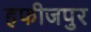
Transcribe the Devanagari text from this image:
हफीजपुर